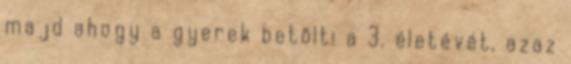
majd ahogy a gyerek betölti a 3. életévét, azaz